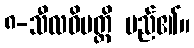
၈-သီလဝိပတ္တိ မည်၏။